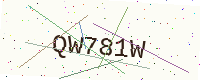
Text: QW781W